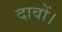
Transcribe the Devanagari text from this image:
दावों।